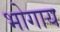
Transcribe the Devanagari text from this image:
भोगाय